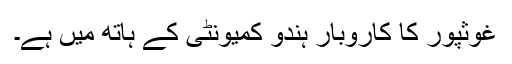
غوثپور کا کاروبار ہندو کمیونٹی کے ہاتھ میں ہے۔